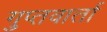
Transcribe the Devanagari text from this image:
गुप्तवार्ता